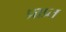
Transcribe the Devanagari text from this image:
प्राप्र्त